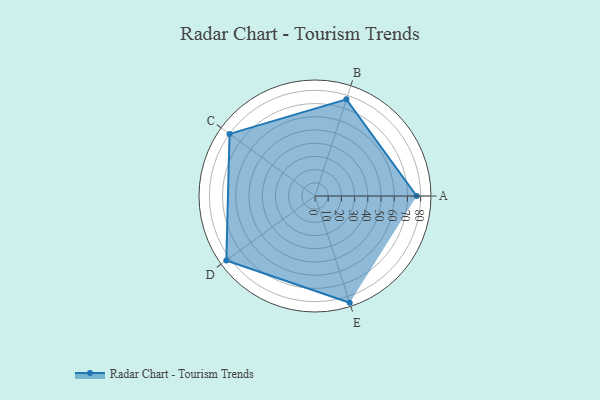
{"axis": {"x": "Skill", "y": "Score"}, "legend": ["Profile"], "data": [{"x": "A", "y": 77.0, "type": "Profile"}, {"x": "B", "y": 77.0, "type": "Profile"}, {"x": "C", "y": 80.0, "type": "Profile"}, {"x": "D", "y": 83.0, "type": "Profile"}, {"x": "E", "y": 85.0, "type": "Profile"}]}